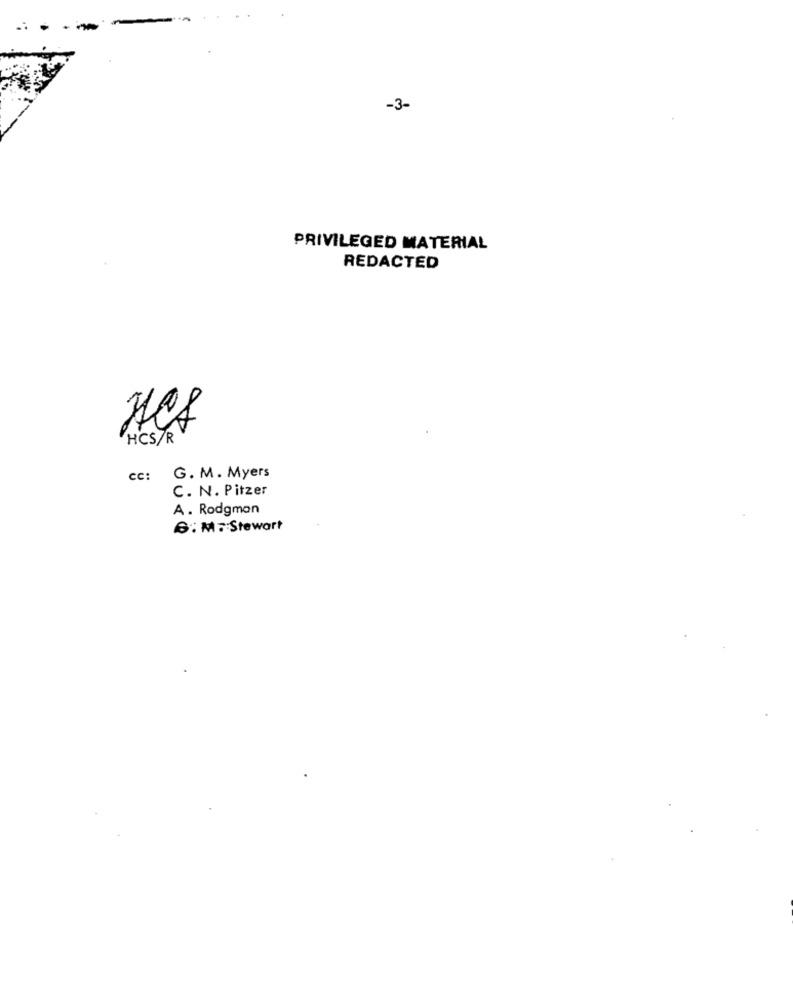
-3-
PRIVILEGED MATERIAL
REDACTED
HCS/R
G. M . Myers
cc:
C. N. Pitzer
A . Rodgman
6: M .: Stewart